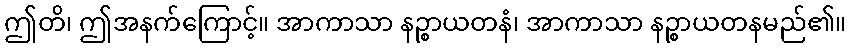
ဤတိ၊ ဤအနက်ကြောင့်။ အာကာသာ နဉ္စာယတနံ၊ အာကာသာ နဉ္စာယတနမည်၏။